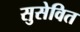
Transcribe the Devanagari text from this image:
सुसेवित